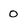
Character: 0